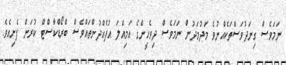
ނަމަވެސް ގިނަދުވަސްތަކެއްނުވެ މަދުމަދުން ނަމަވެސް ދިވެހީންގެ އަމިއްލަ އުފެއްދުންތައްވެސް ބްރޯޑްކާސްޓް ކުރަން ފެށިއެވެ.